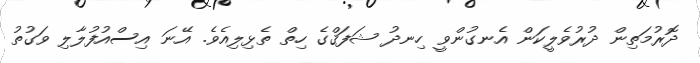
ދޮރުމަތިން ދުރުވެލީކަން އެނގުންވީ ހިނދު ޝަފަޤްގެ ހިތް ތެޅިލިއެވެ. އޭނަ އިސްއުފުލާލި ވަގުތު